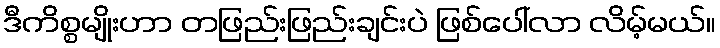
ဒီကိစ္စမျိုးဟာ တဖြည်းဖြည်းချင်းပဲ ဖြစ်ပေါ်လာ လိမ့်မယ်။